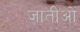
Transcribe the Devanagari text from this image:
जातीओं